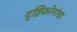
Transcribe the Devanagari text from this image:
दृष्टिकोनांचा